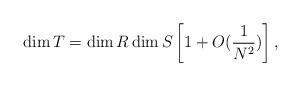
\begin{align*}\dim T = \dim R \dim S \left[ 1 + O({1 \over N^2}) \right],\end{align*}